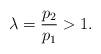
LaTeX: \begin{align*}\lambda = \frac{p_2}{p_1} > 1.\end{align*}